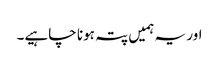
اور یہ ہمیں پتہ ہونا چاہیے۔